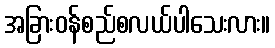
အခြားဝန်စည်စလယ်ပါသေးလား။